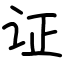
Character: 证